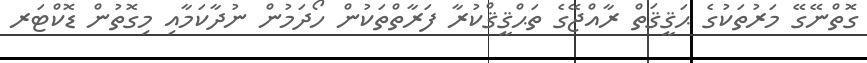
ގޮތްނޭގޭ މަރުތަކުގެ ޙަޤީޤަތް ރާއްޖޭގެ ތަޙްޤީޤްކުރާ ފަރާތްތަކުން ހޯދަމުން ނުދާކަމާއި މިގޮތުން ޑޮކްޓަރ